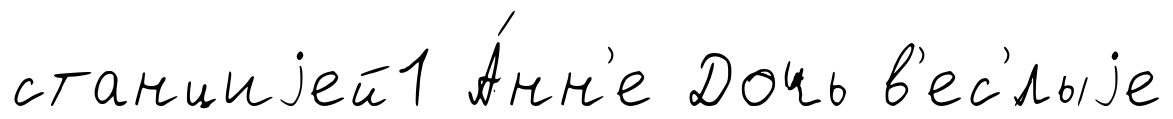
станциjей1 А́нн'е Дочь в'ес'́лыjе